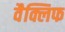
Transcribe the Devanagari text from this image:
वैक्लिफ